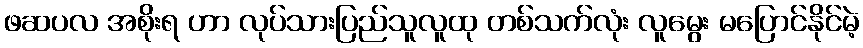
ဖဆပလ အစိုးရ ဟာ လုပ်သားပြည်သူလူထု တစ်သက်လုံး လူမွေး မပြောင်နိုင်မဲ့